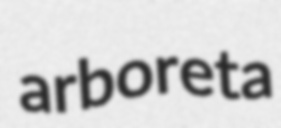
arboreta